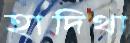
হাদিথা